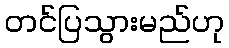
တင်ပြသွားမည်ဟု